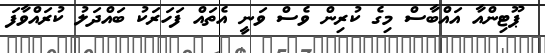
ޕޫޓިންއާ އައްބާސް މިގެ ކުރިން ވެސް ވަނީ އެތައް ފަހަރަކު ބައްދަލު ކުރައްވާފަ